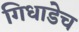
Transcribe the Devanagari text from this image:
गिधाडेच